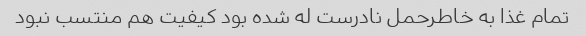
تمام غذا به خاطرحمل نادرست له شده بود کیفیت هم منتسب نبود